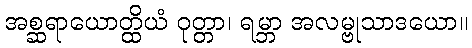
အစ္ဆရာယောတ္ထိယံ ဝုတ္တာ၊ ရမ္ဘာ အလမ္ဗုသာဒယော။